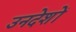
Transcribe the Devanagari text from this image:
उनदेशों